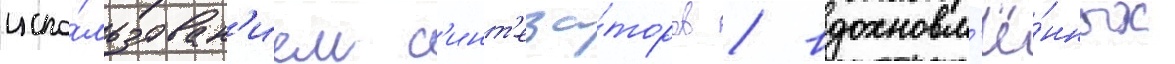
испо́льзован'ием с'инт'еза́торов / вдохновл'ё́нных